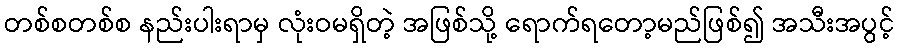
တစ်စတစ်စ နည်းပါးရာမှ လုံးဝမရှိတဲ့ အဖြစ်သို့ ရောက်ရတော့မည်ဖြစ်၍ အသီးအပွင့်